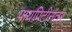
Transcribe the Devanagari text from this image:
पायपिटीनंतर